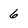
Character: 6